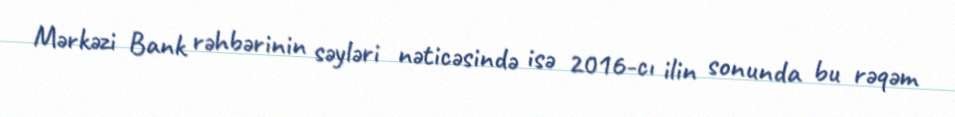
Mərkəzi Bank rəhbərinin səyləri nəticəsində isə 2016-cı ilin sonunda bu rəqəm